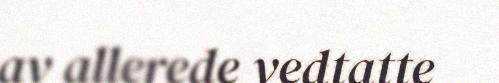
av allerede vedtatte